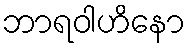
ဘာရဝါဟိနော